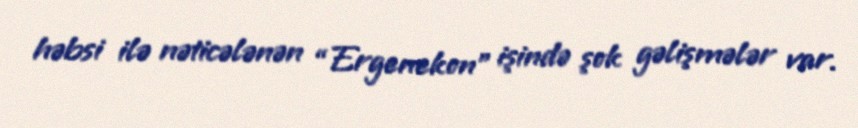
həbsi ilə nəticələnən “Ergenekon” işində şok gəlişmələr var.